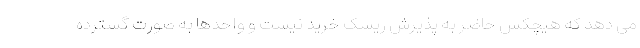
می دهد که هیچکس حاضر به پذیرش ریسک خرید نیست و واحدها به صورت گسترده